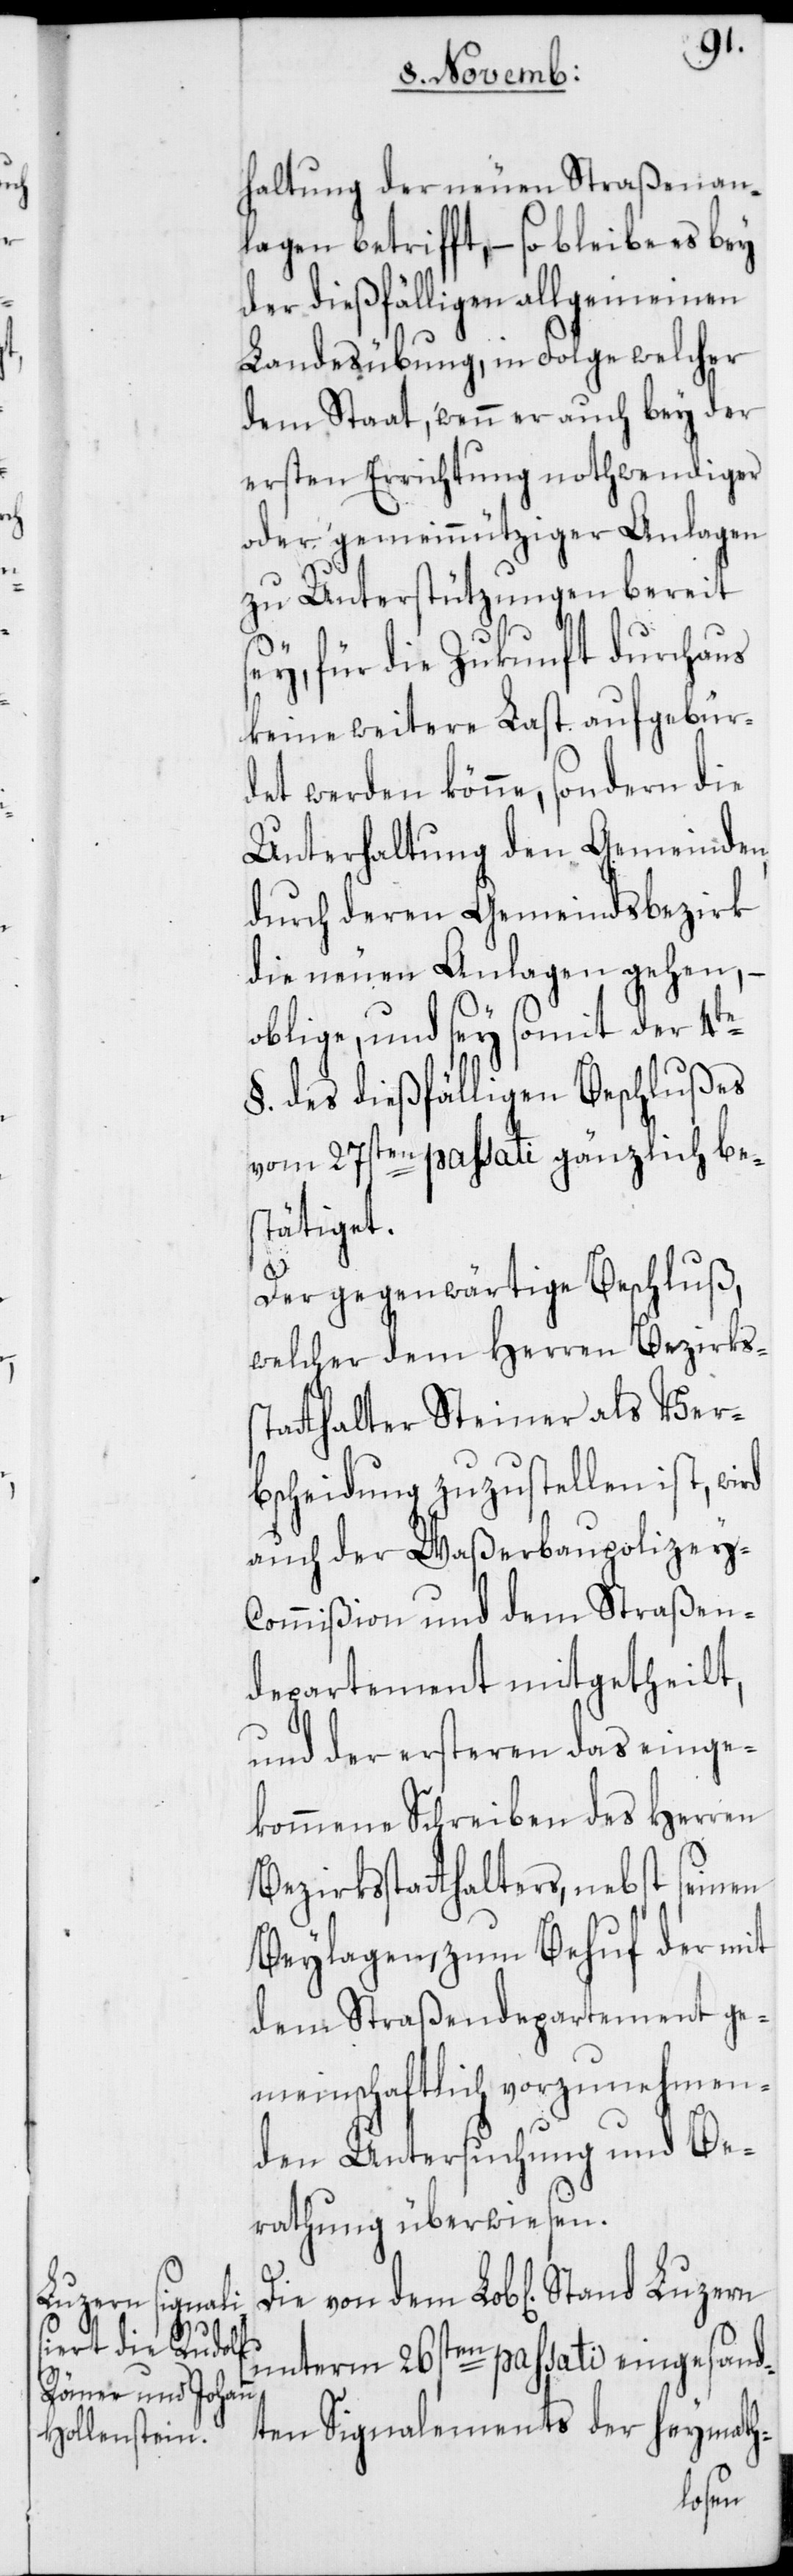
haltung der neuen Straßenan¬
lagen betrifft, – so bleibe es bey
der dießfälligen allgemeinen
Landesübung, in Folge welcher
dem Staat, wenn er auch bey der
ersten Errichtung nothwendiger
oder gemeinnütziger Anlagen
zu Unterstützungen bereit
sey, für die Zukunft durchaus
keine weitere Last aufgebür¬
det werden könne, sondern die
Unterhaltung den Gemeinden,
durch deren Gemeindsbezirk
die neuen Anlagen gehen, –
oblige, und sey somit der 4te
§. des dießfälligen Beschlußes
vom 27sten passati gänzlich bes¬
tätiget.
Der gegenwärtige Beschluß,
welcher dem Herren Bezirks¬
statthalter Steiner als Ver¬
bscheidung zuzustellen ist, wird
auch der Waßerbaupolizey-C¬
ommißion und dem Straßen¬
departement mitgetheilt,
und der ersteren das einge¬
kommene Schreiben des Herren
Bezirksstatthalters, nebst seinen
Beylagen, zum Behuf der mit
dem Straßendepartement ge¬
meinschaftlich vorzunehmen¬
den Untersuchung und Be¬
rathung überwiesen.
Die von dem Lob[lichen] Stand
unterm 26sten passati eingesand¬
ten Signalements der heymath-